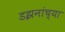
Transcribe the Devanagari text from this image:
डझनांच्या